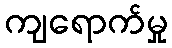
ကျရောက်မှု